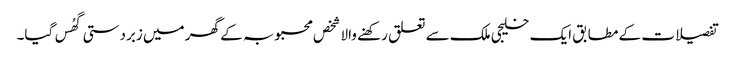
تفصیلات کے مطابق ایک خلیجی ملک سے تعلق رکھنے والا شخص محبوبہ کے گھر میں زبردستی گھُس گیا۔